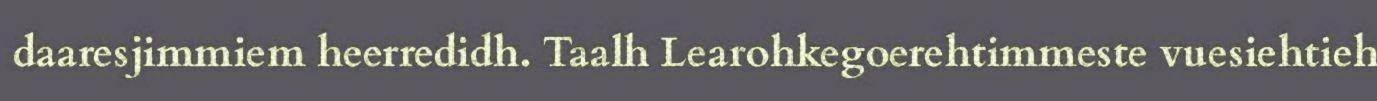
daaresjimmiem heerredidh. Taalh Learohkegoerehtimmeste vuesiehtieh